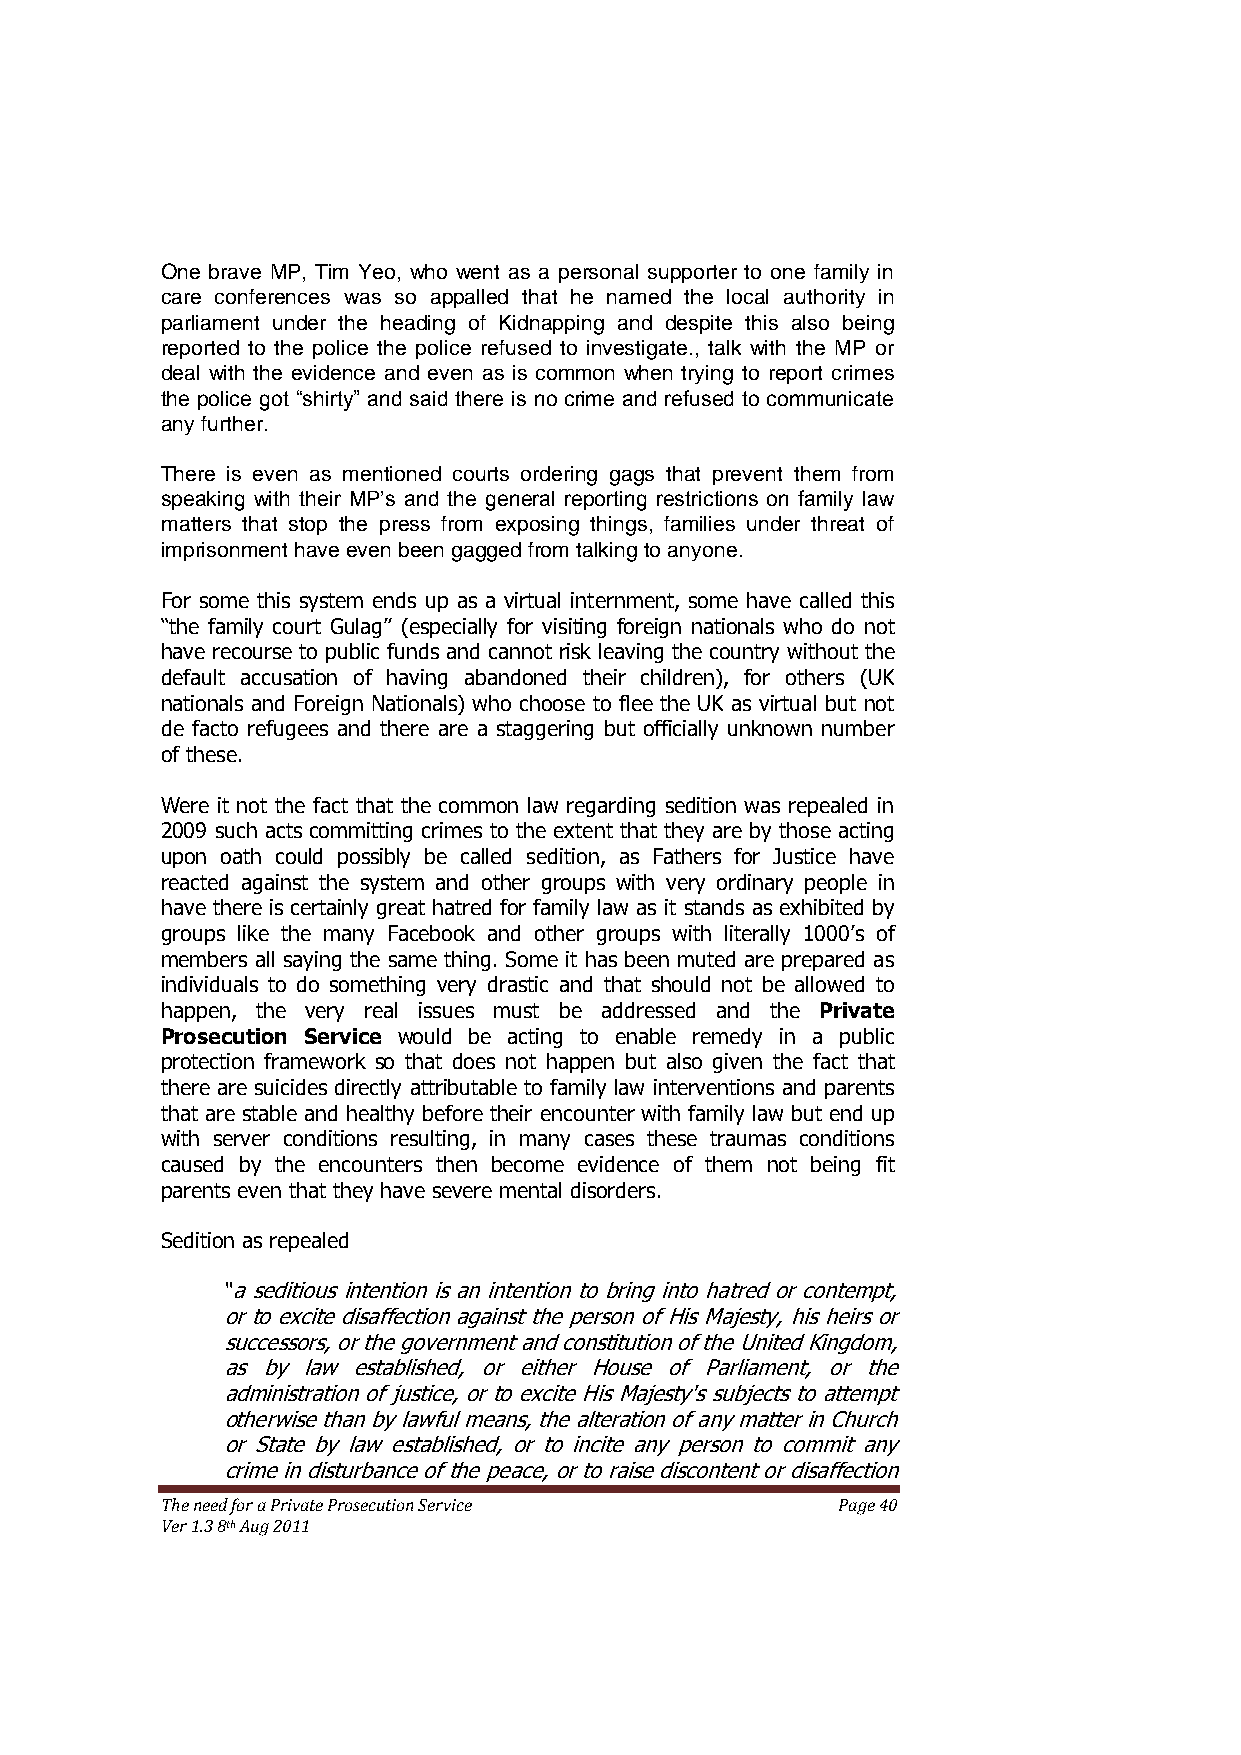
One brave MP, Tim Yeo, who went as a personal supporter to one family in
 care conferences was so appalled that he named the local authority in
 parliament under the heading of Kidnapping and despite this also being
 reported to the police the police refused to investigate., talk with the MP or
 deal with the evidence and even as is common when trying to report crimes
 the police got “shirty” and said there is no crime and refused to communicate
 any further.
 There is even as mentioned courts ordering gags that prevent them from
 speaking with their MP’s and the general reporting restrictions on family law
 matters that stop the press from exposing things, families under threat of
 imprisonment have even been gagged from talking to anyone.
 For some this system ends up as a virtual internment, some have called this
 ―the family court Gulag‖ (especially for visiting foreign nationals who do not
 have recourse to public funds and cannot risk leaving the country without the
 default accusation of having abandoned their children), for others (UK
 nationals and Foreign Nationals) who choose to flee the UK as virtual but not
 de facto refugees and there are a staggering but officially unknown number
 of these.
 Were it not the fact that the common law regarding sedition was repealed in
 2009 such acts committing crimes to the extent that they are by those acting
 upon oath could possibly be called sedition, as Fathers for Justice have
 reacted against the system and other groups with very ordinary people in
 have there is certainly great hatred for family law as it stands as exhibited by
 groups like the many Facebook and other groups with literally 1000’s of
 members all saying the same thing. Some it has been muted are prepared as
 individuals to do something very drastic and that should not be allowed to
 happen, the very real issues must be addressed and the Private
 Prosecution Service would be acting to enable remedy in a public
 protection framework so that does not happen but also given the fact that
 there are suicides directly attributable to family law interventions and parents
 that are stable and healthy before their encounter with family law but end up
 with server conditions resulting, in many cases these traumas conditions
 caused by the encounters then become evidence of them not being fit
 parents even that they have severe mental disorders.
 Sedition as repealed
 "a seditious intention is an intention to bring into hatred or contempt,
 or to excite disaffection against the person of His Majesty, his heirs or
 successors, or the government and constitution of the United Kingdom,
 as by law established, or either House of Parliament, or the
 administration of justice, or to excite His Majesty's subjects to attempt
 otherwise than by lawful means, the alteration of any matter in Church
 or State by law established, or to incite any person to commit any
 crime in disturbance of the peace, or to raise discontent or disaffection
 The need for a Private Prosecution Service  Page 40
 Ver 1.3 8th Aug 2011